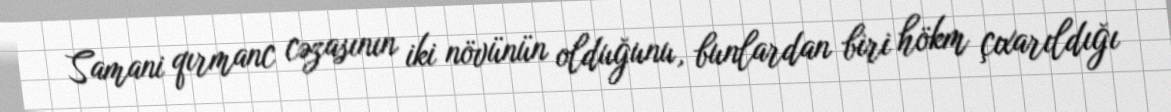
Samani qırmanc cəzasının iki növünün olduğunu, bunlardan biri hökm çıxarıldığı